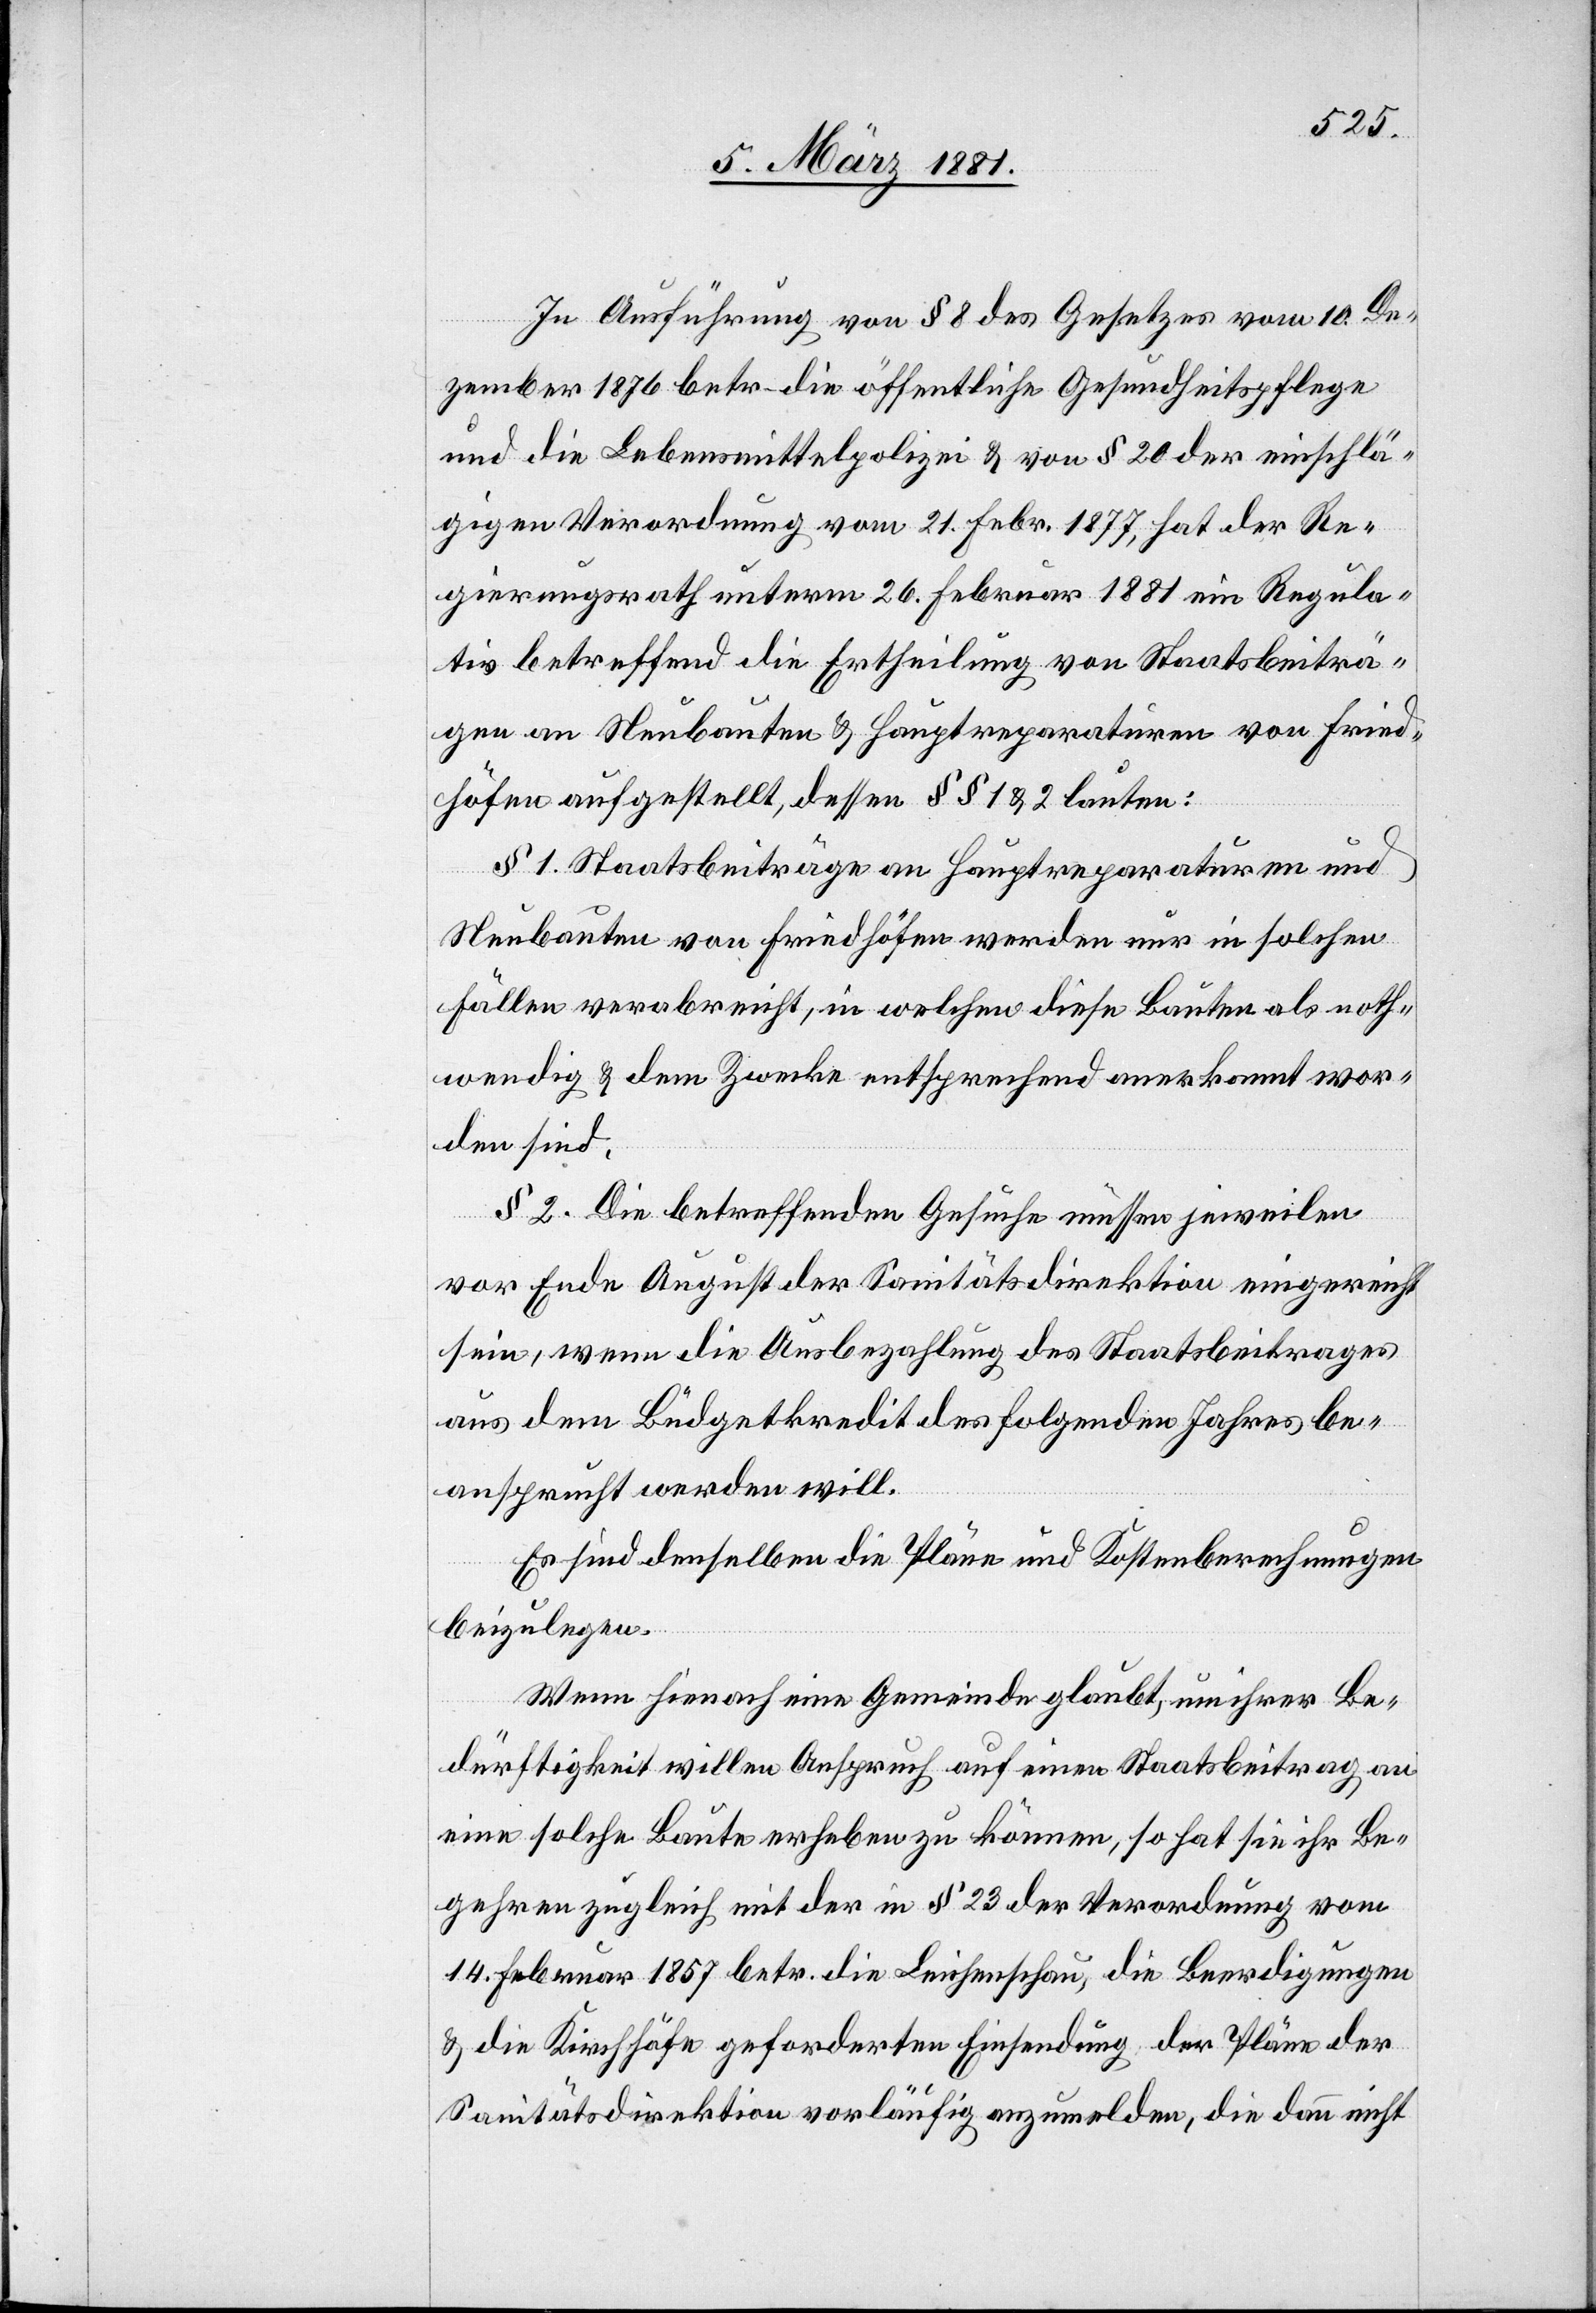
In Ausführung von § 8 des Gesetzes vom 10. De¬
zember 1876 betr. die öffentliche Gesundheitspflege
und die Lebensmittelpolizei & von § 20 der einschlä¬
gigen Verordnung vom 21. Febr. 1877, hat der Re¬
gierungsrath unterm 26. Februar 1881 ein Regula¬
tiv betreffend die Ertheilung von Staatsbeiträ¬
gen an Neubauten & Hauptreparaturen von Fried¬
höfen aufgestellt, dessen §§ 1 & 2 lauten:
§ 1. Staatsbeiträge an Hauptreparaturen und
Neubauten von Friedhöfen werden nur in solchen
Fällen verabreicht, in welchen diese Bauten als noth¬
wendig & dem Zwecke entsprechend anerkannt wor¬
den sind.
§ 2. Die betreffenden Gesuche müssen jeweilen
vor Ende August der Sanitätsdirektion eingereicht
sein, wenn die Ausbezahlung des Staatsbeitrages
aus dem Büdgetkredit des folgenden Jahres be¬
ansprucht werden will.
Es sind denselben die Pläne und Kostenberechnungen
einzulegen.
Wenn hienach eine Gemeinde glaubt, um ihrer Be¬
dürftigkeit willen Anspruch auf einen Staatsbeitrag an
eine solche Baute erheben zu können, so hat sie ihr Be¬
gehren zugleich mit der in § 23 der Verordnung vom
14. Februar 1857 betr. die Leichenschau, die Beerdigungen
& die Kirchhöfe geforderten Einsendung der Pläne der
Sanitätsdirektion vorläufig anzumelden, die dann nicht